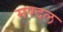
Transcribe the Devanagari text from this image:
मण्दल